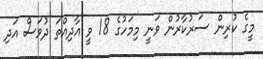
މީގެ ކުރިން ސަރުކާރުން ވަނީ މިމަހުގެ 18 ވީ އާދިއްތަ ދުވަސް އަދި